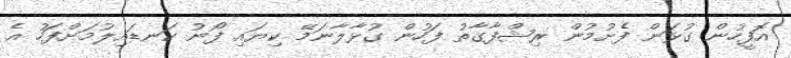
އޮފީހުން ގުޅަން ފެށުމުން ރިޝްފާގާތު ފަހުން ގުޅާލާނަމޭ ކިޔައި ފޯނު ކަނޑައިލުމަށްފަހު އެ